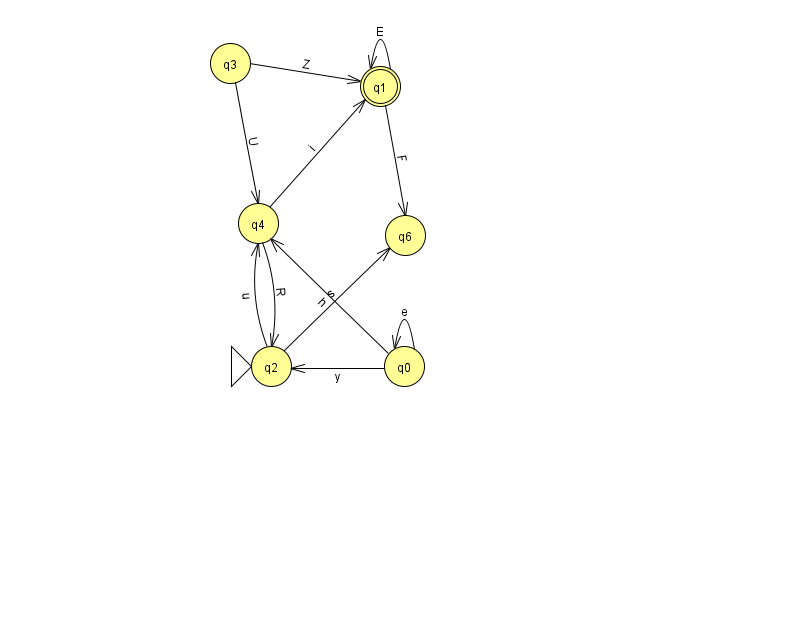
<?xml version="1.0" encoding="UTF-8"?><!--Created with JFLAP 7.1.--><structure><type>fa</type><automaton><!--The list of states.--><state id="0" name="q0"><x>404.0</x><y>353.0</y></state><state id="1" name="q1"><x>380.0</x><y>73.0</y><final/></state><state id="2" name="q2"><x>271.0</x><y>353.0</y><initial/></state><state id="3" name="q3"><x>230.0</x><y>50.0</y></state><state id="4" name="q4"><x>258.0</x><y>210.0</y></state><state id="6" name="q6"><x>405.0</x><y>222.0</y></state><!--The list of transitions.--><transition><from>1</from><to>6</to><read>F</read></transition><transition><from>2</from><to>6</to><read>s</read></transition><transition><from>4</from><to>1</to><read>i</read></transition><transition><from>0</from><to>0</to><read>e</read></transition><transition><from>1</from><to>1</to><read>E</read></transition><transition><from>0</from><to>2</to><read>y</read></transition><transition><from>0</from><to>4</to><read>h</read></transition><transition><from>3</from><to>4</to><read>U</read></transition><transition><from>2</from><to>4</to><read>u</read></transition><transition><from>4</from><to>2</to><read>R</read></transition><transition><from>3</from><to>1</to><read>Z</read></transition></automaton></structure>